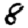
Digit: 8